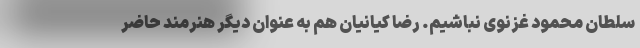
سلطان محمود غزنوی نباشیم. رضا کیانیان هم به عنوان دیگر هنرمند حاضر